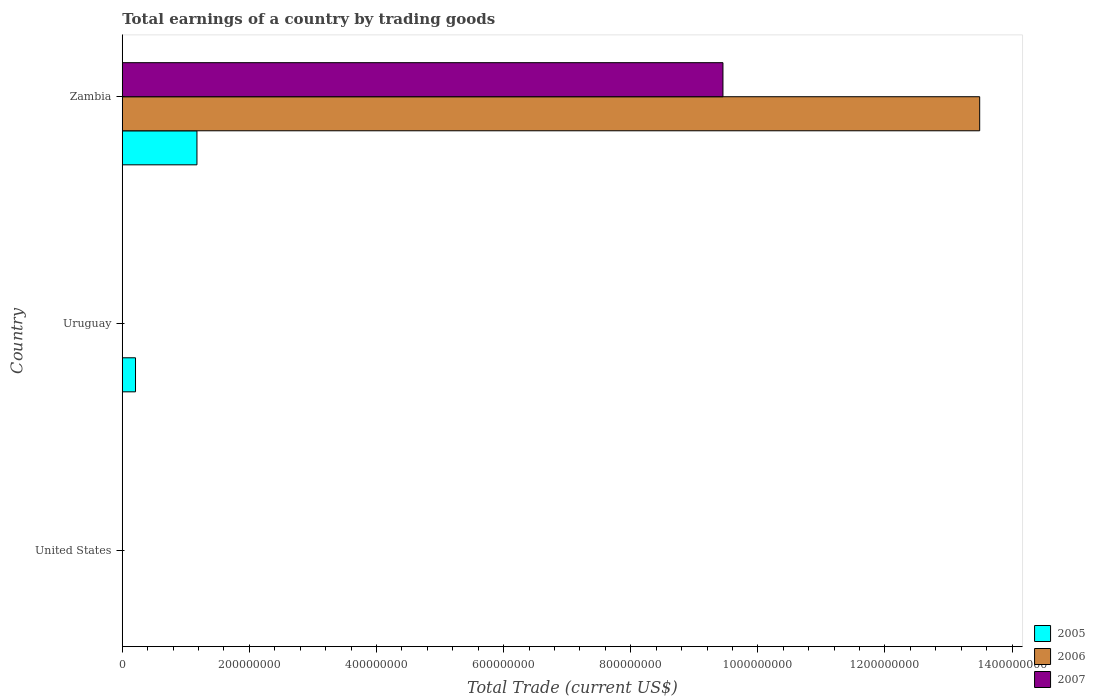
| Country | 2005 | 2006 | 2007 |
 | --- | --- | --- | --- |
 | United States | -7.83e+11 | -8.37e+11 | -8.21e+11 |
 | Uruguay | 2.08e+07 | -4.99e+08 | -5.45e+08 |
 | Zambia | 1.17e+08 | 1.35e+09 | 9.45e+08 |